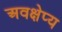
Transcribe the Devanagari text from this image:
अवक्षेप्य